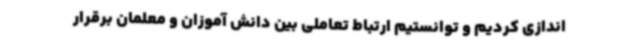
اندازی کردیم و توانستیم ارتباط تعاملی بین دانش آموزان و معلمان برقرار